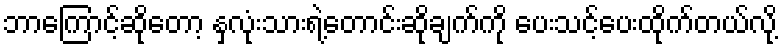
ဘာကြောင့်ဆိုတော့ နှလုံးသားရဲ့တောင်းဆိုချက်ကို ပေးသင့်ပေးထိုက်တယ်လို့